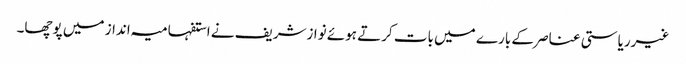
غیرریاستی عناصر کے بارے میں بات کرتے ہوئے نوازشریف نے استفہامیہ انداز میں پوچھا۔